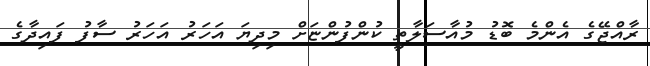
ރާއްޖޭގެ އެންމެ ބޮޑު މުއާސަލާތީ ކުންފުންޏަށް މިދިޔަ އަހަރު އަހަރު ސާފު ފައިދާގެ